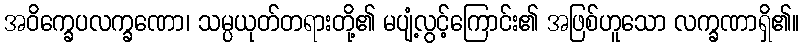
အဝိက္ခေပလက္ခဏော၊ သမ္ပယုတ်တရားတို့၏ မပျံ့လွင့်ကြောင်း၏ အဖြစ်ဟူသော လက္ခဏာရှိ၏။